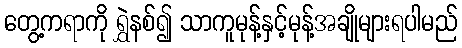
တွေ့ကရာကို ရွှဲနစ်၍ သာကူမုန့်နှင့်မုန့်အချိုများရပါမည်